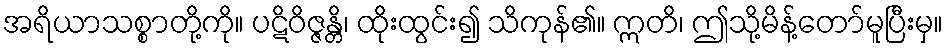
အရိယာသစ္စာတို့ကို။ ပဋိဝိဇ္ဇန္တိ၊ ထိုးထွင်း၍ သိကုန်၏။ ဣတိ၊ ဤသို့မိန့်တော်မူပြီးမှ။